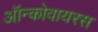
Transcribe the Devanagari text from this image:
ऑन्कोवायरस